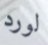
لورد